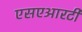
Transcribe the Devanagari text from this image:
एसएआरटी